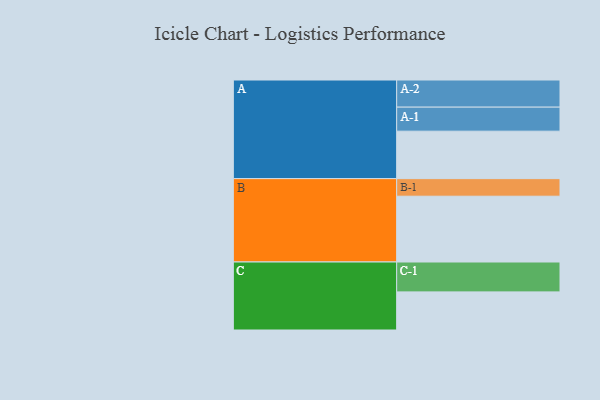
{"axis": {"x": "Segment", "y": "Value"}, "legend": ["", "A", "B", "C"], "data": [{"x": "A", "y": 432, "type": ""}, {"x": "B", "y": 599, "type": ""}, {"x": "C", "y": 347, "type": ""}, {"x": "A-1", "y": 219, "type": "A"}, {"x": "A-2", "y": 247, "type": "A"}, {"x": "B-1", "y": 160, "type": "B"}, {"x": "C-1", "y": 272, "type": "C"}]}